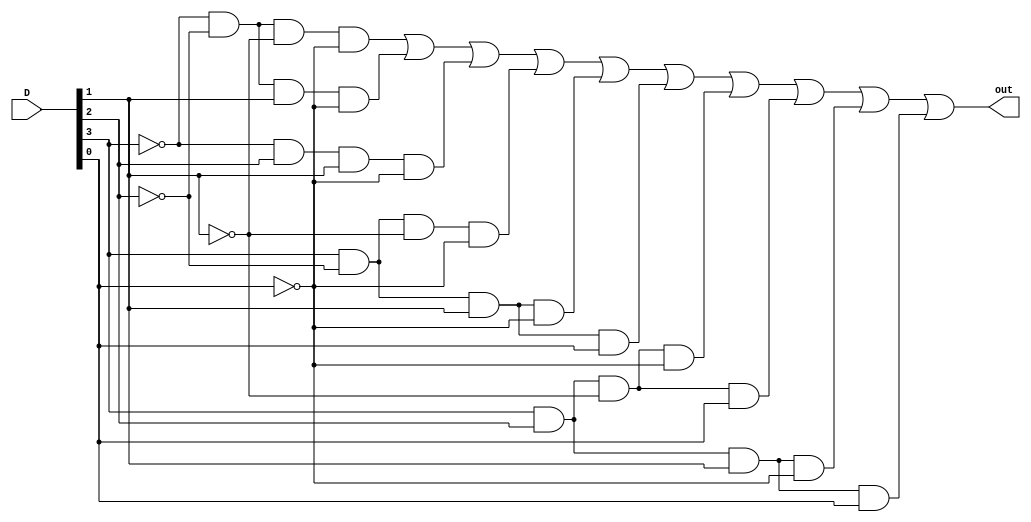
module Segment_E_block (D, out); 
  input [3:0] D;
  output out;

/*
The inputs D3, D2, D1, D0 are reperesented as D[3], D[2], D[1], D[0] respectively.

Boolean operation symbols:
   & = AND   e.g. (A & B)
   | = OR    e.g. (A | B)
   ~ = NOT   e.g. ( ~A)
*/

assign out = (~D[3] & ~D[2] & ~D[1] & ~D[0]) |  
				 (~D[3] & ~D[2] & D[1] & ~D[0]) | 
				 (~D[3] & D[2] & D[1] & ~D[0]) |
				 (D[3] & ~D[2] & ~D[1] & ~D[0]) | 
				 (D[3] & ~D[2] & D[1] & ~D[0]) | 
				 (D[3] & ~D[2] & D[1] & D[0]) | 
				 (D[3] & D[2] & ~D[1] & ~D[0]) | 
				 (D[3] & D[2] & ~D[1] & D[0]) | 
				 (D[3] & D[2] & D[1] & ~D[0]) | 
				 (D[3] & D[2] & D[1] & D[0]);

//e.g. (D[0] | ~D[1]) & ~(D[2] | D[3])

endmodule